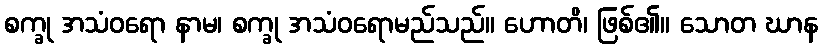
စက္ခု အသံဝရော နာမ၊ စက္ခု အသံဝရောမည်သည်။ ဟောတိ၊ ဖြစ်၏။ သောတ ဃာန